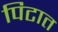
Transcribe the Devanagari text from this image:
पिटात